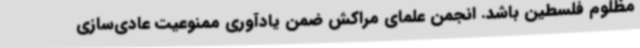
مظلوم فلسطین باشد. انجمن علمای مراکش ضمن یادآوری ممنوعیت عادی‌سازی